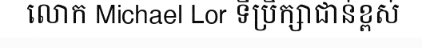
លោក Michael Lor ទីប្រឹក្សាជាន់ខ្ពស់